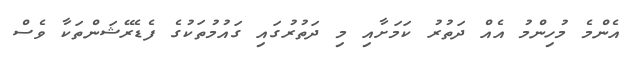
އެންމެ މުހިންމު އެއް ދަތުރު ކަމަށާއި މި ދަތުރުގައި ގައުމުތަކުގެ ފެޑެރޭޝަންތަކާ ވެސް